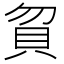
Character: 𰶶